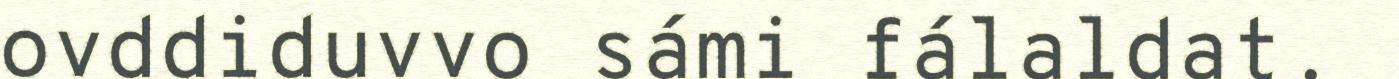
ovddiduvvo sámi fálaldat.